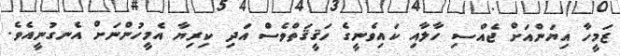
ޒަމީހާ އިޔަންއަށް ޖެއްސި ހާލާއި ކައިވެނީގެ ހަޤީޤަތްވެސް އަދި ކިރިޔާ އެމީހުންނަށް އެނގުނީއެވެ.